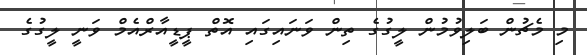
މި މެޗުން ބަލިވުމުން ލީގުގެ ތިން ވަނައިގައި އޮތް ޕީޑީއާރްއެމް ވަނީ ލީގުގެ